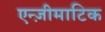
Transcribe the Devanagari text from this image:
एन्ज़ीमाटिक